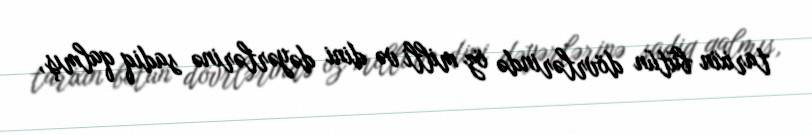
tarixin bütün dövrlərində öz milli və dini dəyərlərinə sadiq qalmış,